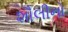
શૌલીનો